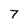
Character: 7